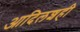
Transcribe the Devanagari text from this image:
आदिलशही